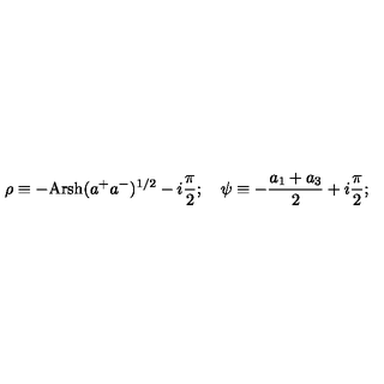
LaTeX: \rho \equiv - \mathrm { A r } \mathrm { s h } ( a ^ { + } a ^ { - } ) ^ { 1 / 2 } - i \frac { \pi } { 2 } ; \quad \psi \equiv - \frac { a _ { 1 } + a _ { 3 } } { 2 } + i \frac { \pi } { 2 } ;